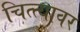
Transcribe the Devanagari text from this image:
चित्त्यावर